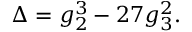
\Delta = g _ { 2 } ^ { 3 } - 2 7 g _ { 3 } ^ { 2 } .